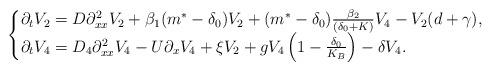
LaTeX: \begin{align*}\begin{cases}\partial_{t}V_{2} = D \partial_{xx}^{2}V_{2} +\beta_{1}(m^{\ast} - \delta_{0}) V_{2} + (m^{\ast} - \delta_{0}) \frac{\beta_{2}}{(\delta_{0} + K)} V_{4} - V_{2}(d+\gamma),\\\partial_{t}V_{4} = D_{4} \partial_{xx}^{2} V_{4} - U \partial_{x}V_{4} + \xi V_{2} + gV_{4}\left(1 - \frac{\delta_{0}}{K_{B}}\right) - \delta V_{4}.\end{cases}\end{align*}